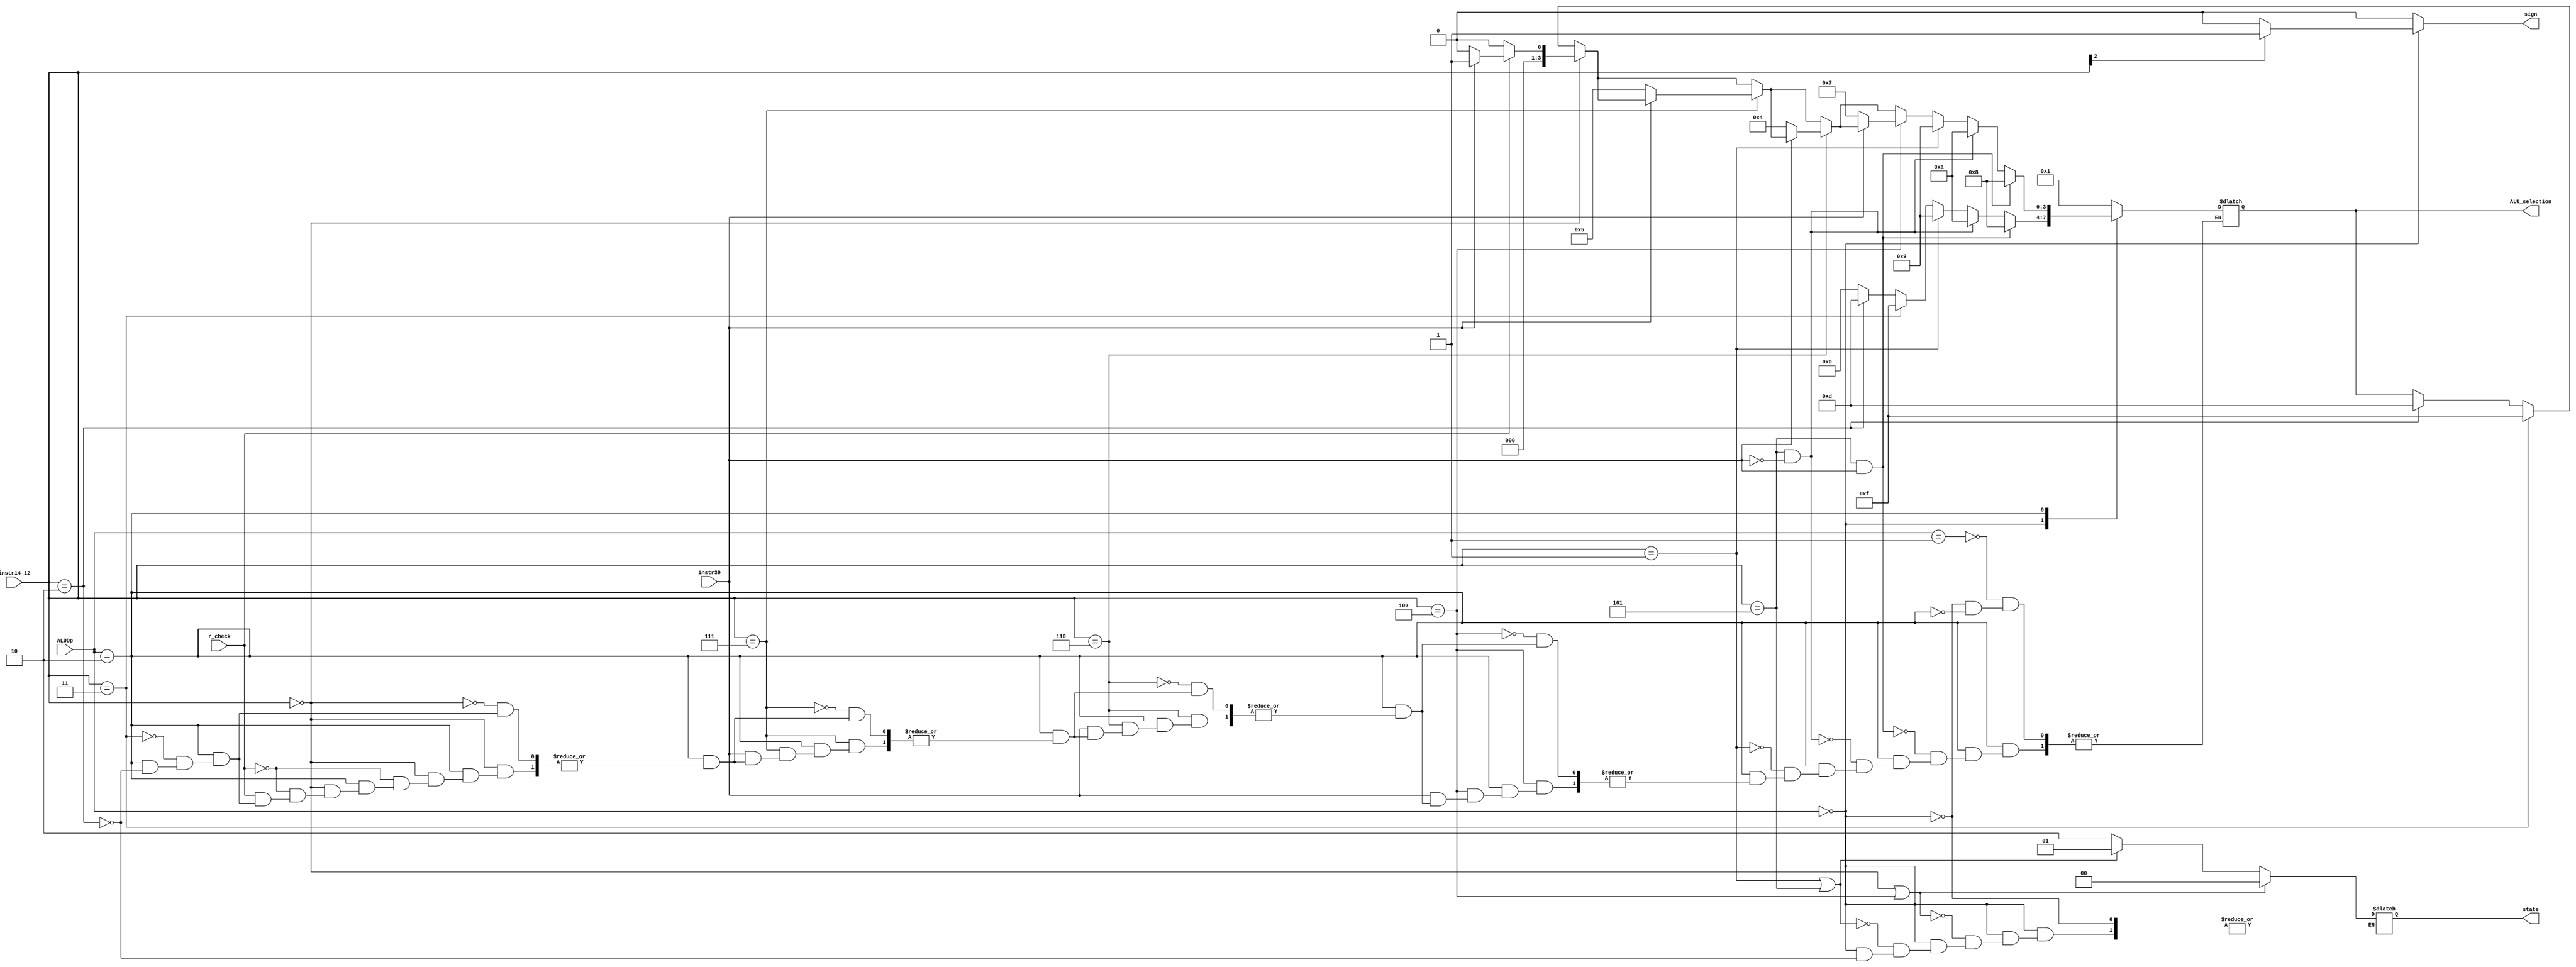

`timescale 1ns/1ns

module ALU_control_unit(input [1:0] ALUOp, input [2:0] instr14_12, input instr30, input r_check, output reg [3:0] ALU_selection, output reg [1:0] state, output reg sign);
always @(*) begin 
sign = 0;
case (ALUOp)

2'b01: begin
ALU_selection=4'b0001;
end
2'b00: begin 

ALU_selection=4'b0000; //add

if (instr14_12 == 3'b010) begin
ALU_selection = 4'b1101; //SLTI (set if less than immediate)
end
if (instr14_12 == 3'b011) begin
ALU_selection = 4'b1111; //SLTIU (set if less than immediate UNSIGNED)
end

if (instr14_12 == 3'b001) begin
ALU_selection = 4'b1001; //Shift left logic immediate (SLLI)
end

if (instr14_12 == 3'b101 && instr30==0) begin
ALU_selection = 4'b1010; //Shift right logic immediate (SRLI)
end

if (instr14_12 == 3'b101 && instr30==1) begin
ALU_selection = 4'b1000; //Shift right arithmetic immediate(SRAI)
end


//state

//Load Word - store word
if (instr14_12 == 3'b010) begin
state = 2'b10;
end

//Load Half - store half
if (instr14_12 == 3'b001 || instr14_12 == 3'b101) begin
state = 2'b01;
end


//Load Byte - store byte
if (instr14_12 == 3'b000 || instr14_12 == 3'b100) begin
state = 2'b00;
end


//signed or unsigned
if (instr14_12[2] == 1'b1) begin
sign = 1'b1;
end

end
2'b10: //This has a lot cases that should be expanded here with if statements
begin 
if (instr14_12==3'b010)begin
    ALU_selection = 4'b1101; //Set if less than (SLT)
end
if (instr14_12==3'b011)begin
    ALU_selection = 4'b1111; //Set if less than UNSIGNED (SLTU)
end
if (instr14_12== 3'b000) begin 
if (r_check == 1) begin
  if (instr30==0)begin 
  ALU_selection=4'b0000; //add
  end
  else begin 
  ALU_selection=4'b0001; //subtract which is technically has the same selection line of add
  end
  end else if (r_check == 0) begin
    ALU_selection = 4'b0000; //always add (ADDI) (Cancel SUBI)
  end
end 

if (instr14_12== 3'b111) begin 
  if (instr30==0)begin 
  ALU_selection=4'b0101; //and
  end
end 

if (instr14_12== 3'b110) begin 
  if (instr30==0)begin 
  ALU_selection=4'b0100; //or
  end
end 

if (instr14_12== 3'b100) begin 
  if (instr30==0)begin 
  ALU_selection=4'b0111; //xor
  end
end 



//Shiftat
if (instr14_12== 3'b001) begin 

  ALU_selection=4'b1001; //sll

end 
if (instr14_12== 3'b101 && instr30 == 0) begin 

  ALU_selection=4'b1010; //srl

end 
if (instr14_12== 3'b101 && instr30 == 1) begin 

  ALU_selection=4'b1000; //sra

end 





end 



endcase 




end 

endmodule